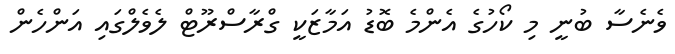
ވެނެސާ ބުނީ މި ކޯހުގެ އެންމެ ބޮޑު އަމާޒަކީ ގްރާސްރޫޓް ލެވެލްގައި އަންހެން